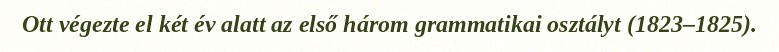
Ott végezte el két év alatt az első három grammatikai osztályt (1823–1825).